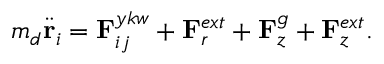
{ m _ { d } } { \ddot { \bf { r } } _ { i } } = { { \bf { F } } _ { i j } ^ { y k w } } + { { \bf { F } } _ { r } ^ { e x t } } + { { \bf { F } } _ { z } ^ { g } } + { { \bf { F } } _ { z } ^ { e x t } } { . }